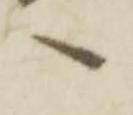
へ